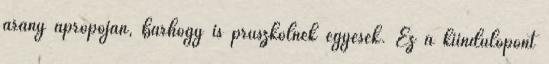
arany apropóján, bárhogy is prüszkölnek egyesek. Ez a kiindulópont